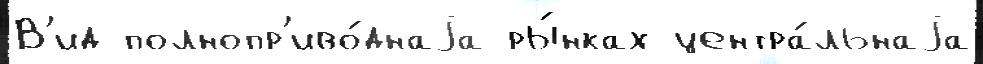
В'ид полнопр'иво́днаjа ры́нках центра́льнаjа